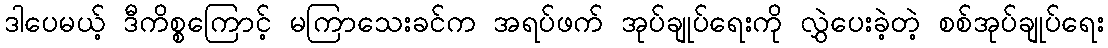
ဒါပေမယ့် ဒီကိစ္စကြောင့် မကြာသေးခင်က အရပ်ဖက် အုပ်ချုပ်ရေးကို လွှဲပေးခဲ့တဲ့ စစ်အုပ်ချုပ်ရေး